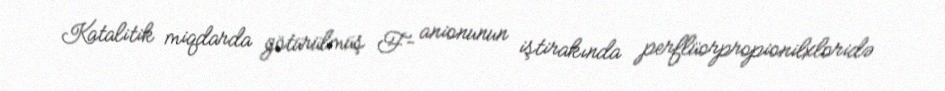
Katalitik miqdarda götürülmüş F- anionunun iştirakında perflüorpropionilxloridə